Leaving Certificate Examination, 1902
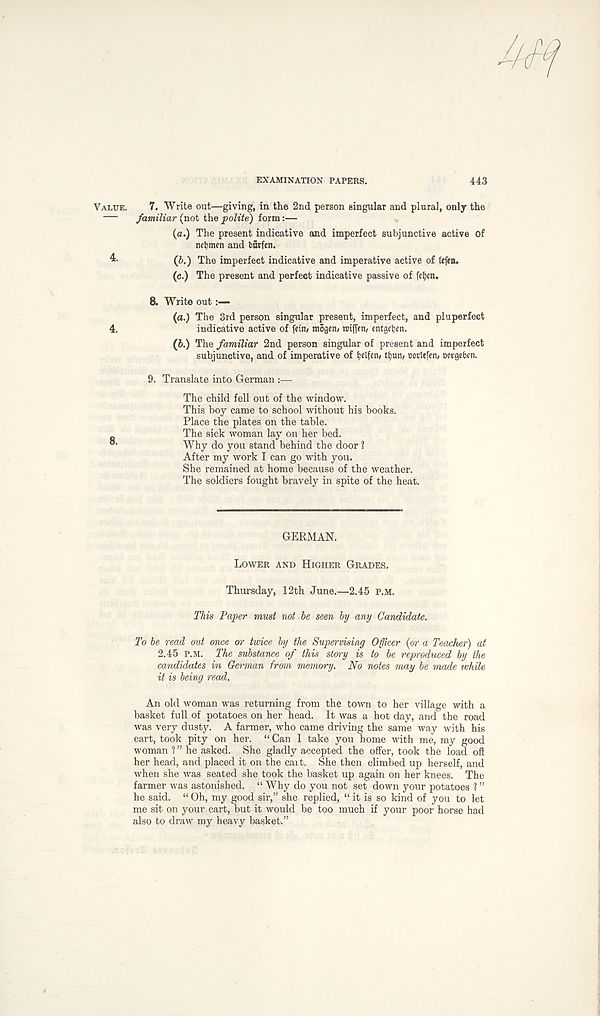
EXAMINATION PAPERS.
443
Value. 7. Write out—giving, in the 2nd person singular and plural, only the
— familiar (not the polite) form:—
(a.) The present indicative and imperfect subjunctive active of
nctjmcn and borfen.
4-
(ft.) The imperfect indicative and imperative active of tefen.
(c.) The present and perfect indicative passive of fetyen.
8. Write out:—
(a.) The 3rd person singular present, imperfect, and pluperfect
4.
indicative active of fein/ mogeti/ roiffen, cntgctjcn.
(b.) The familiar 2nd person singular of present and imperfect
subjunctive, and of imperative of (jelfen, tfyun, mtefen, wrgeben.
9. Translate into German :—
The child fell out of the window.
This boy came to school without his books.
Place the plates on the table.
The sick woman lay on her bed.
Why do you stand behind the door ?
After my work I can go with you.
She remained at home because of the weather.
The soldiers fought bravely in spite of the heat.
GERMAN.
Lower and Higher Grades.
Thursday, 12th June.—2.45 p.m.
This Paper must not be seen by any Candidate.
To be read out once or twice by the Supervising Officer (or a Teacher) at
2.45 P.M. The substance of this story is to be reproduced by the
candidates in German from memory. No notes may be made while
it is being read.
An old woman was returning from the town to her village with a
basket full of potatoes on her head. It was a hot day, and the road
was very dusty. A farmer, who came driving the same way with his
cart, took pity on her. “ Can 1 take you home with me, my good
woman 1 ” he asked. She gladly accepted the offer, took the load oft
her head, and placed it on the cart. She then climbed up herself, and
when she was seated she took the basket up again on her knees. The
farmer was astonished. “ Why do you not set down your potatoes ? ”
he said. “ Oh, my good sir,” she replied, “ it is so kind of you to let
me sit on your cart, but it would be too much if your poor horse had
also to draw my heavy basket.”